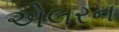
એલરન